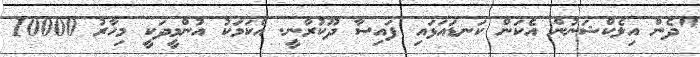
"ދެން އިލެކްޝަނުން އެކަން ކަނޑައަޅައި ފައިސާ ދޫކުރާނީ. އެކަމަކު އުންމީދަކީ މިހާރު 10000